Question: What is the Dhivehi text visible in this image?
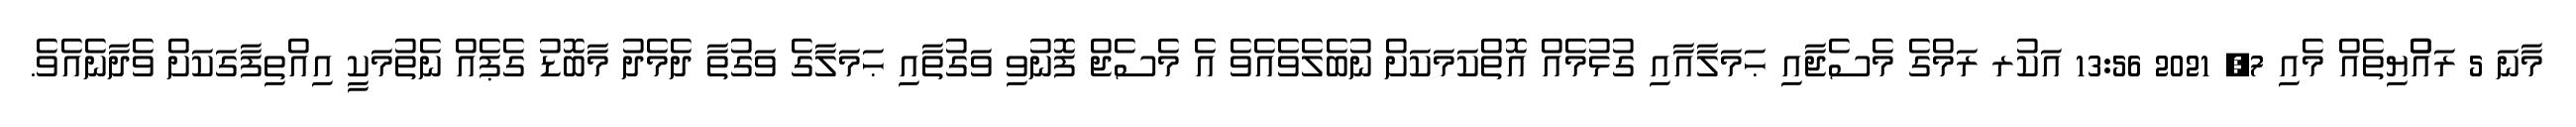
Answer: މާނަ 5 ރައްްޔިތެއް މެއި 7, 2021 13:56 އަކުރ ރަމްގެ މެސެޖާއި ޙަމަލާއާއި ގުޅުމެއް އޮތްކަމަކަށް ނުބެލެވެއެވެ އެ މެސެޖް ފޮނުވި ވަގުތާއި ޙަމަލާގެ ވަގުތާ ދެމެދު މާބޮޑު ގެޕެއް ނެތުމަކީ އިއްތިފާގަކަށް ވެދާނެއެވެ.